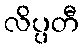
လိပ္ပတီ